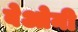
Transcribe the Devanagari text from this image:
बेओनी